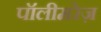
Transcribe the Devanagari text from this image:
पॉलीमरेज़